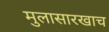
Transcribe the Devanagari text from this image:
मुलासारखाच